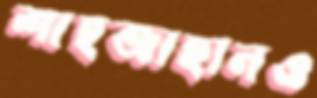
শাহজাহানও